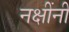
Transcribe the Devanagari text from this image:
नक्षींनी